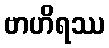
ဗာဟိရဿ